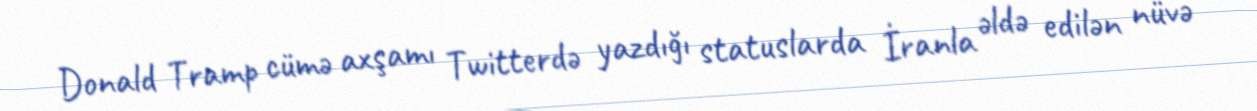
Donald Tramp cümə axşamı Twitterdə yazdığı statuslarda İranla əldə edilən nüvə